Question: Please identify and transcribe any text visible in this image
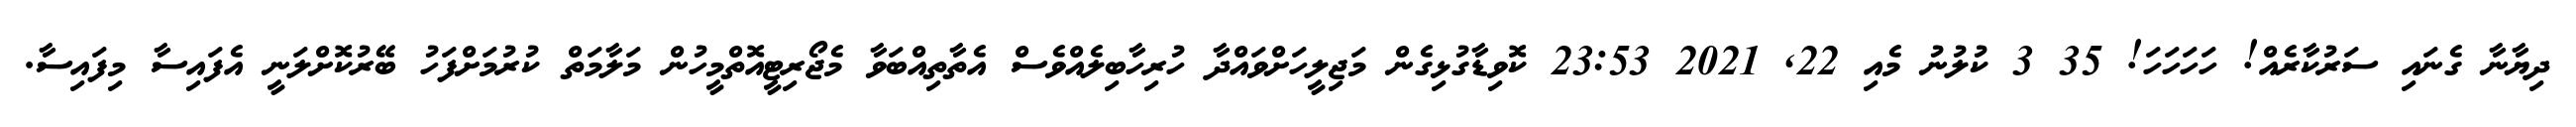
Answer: ދިޔާނާ ގެނައި ސަރުކާރެއް! ހަހަހަހަ! 35 3 ކުލުނު މެއި 22, 2021 23:53 ކޮވިޑާގުޅިގެން މަޖިލީހަށްވައްދާ ހުރިހާބިލެއްވެސް އެތާތިއްބަވާ މެޖޯރިޓީއޮތްމީހުން މަލާމަތް ކުރުމަށްފަހު ބޭރުކޮށްލަނީ އެފައިސާ މިފައިސާ.